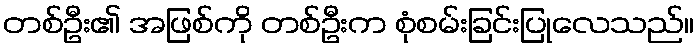
တစ်ဦး၏ အဖြစ်ကို တစ်ဦးက စုံစမ်းခြင်းပြုလေသည်။